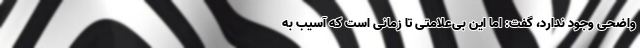
واضحی وجود ندارد، گفت: اما این بی‌علامتی تا زمانی است که آسیب به